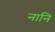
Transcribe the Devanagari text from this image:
नानि